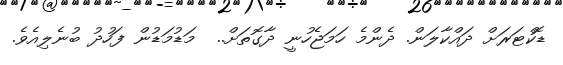
ޑޮކްޓަރަށް ދައްކާލަން. ދެންމެ ހަމަޖެހުނީ ދާގޮތަށް..  މަޑުމަޑުން ފަހުދު ބުނެލިއެވެ.